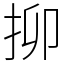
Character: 㧕